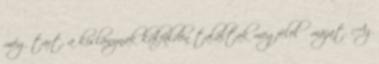
még tart, a kislánynak külföldön találtak megfelelő májat. Az